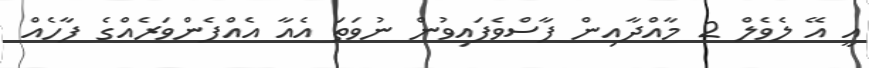
އީ އޭ ލެވެލް 2 މާއްދާއިން ފާސްވެފައިވުން ނުވަތަ އެއާ އެއްފެންވަރެއްގެ ފާހެއް